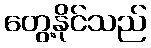
တွေ့နိုင်သည်